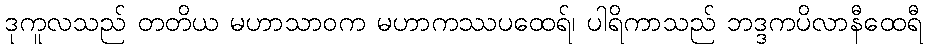
ဒုကူလသည် တတိယ မဟာသာဝက မဟာကဿပထေရ်၊ ပါရိကာသည် ဘဒ္ဒကပိလာနီထေရီ